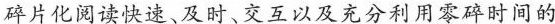
碎片化阅读快速、及时、交互以及充分利用零碎时间的